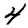
Digit: 4